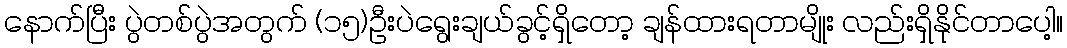
နောက်ပြီး ပွဲတစ်ပွဲအတွက် (၁၅)ဦးပဲရွေးချယ်ခွင့်ရှိတော့ ချန်ထားရတာမျိုး လည်းရှိနိုင်တာပေါ့။